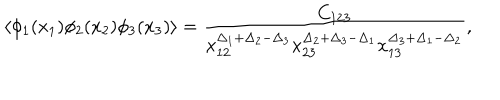
\langle \phi _ { 1 } ( x _ { 1 } ) \phi _ { 2 } ( x _ { 2 } ) \phi _ { 3 } ( x _ { 3 } ) \rangle = \frac { C _ { 1 2 3 } } { x _ { 1 2 } ^ { \Delta _ { 1 } + \Delta _ { 2 } - \Delta _ { 3 } } x _ { 2 3 } ^ { \Delta _ { 2 } + \Delta _ { 3 } - \Delta _ { 1 } } x _ { 1 3 } ^ { \Delta _ { 3 } + \Delta _ { 1 } - \Delta _ { 2 } } } ,